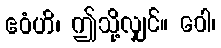
ဧဝံဟိ၊ ဤသို့လျှင်။ ဝေါ၊